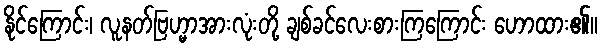
နိုင်ကြောင်း၊ လူနတ်ဗြဟ္မာအားလုံးတို့ ချစ်ခင်လေးစားကြကြောင်း ဟောထား၏။